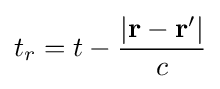
t_{r}=t-{\frac {\left|\mathbf {r} -\mathbf {r} '\right|}{c}}